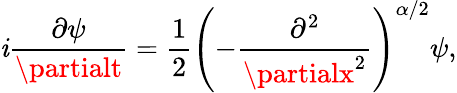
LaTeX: \mathit{i}\frac{{\partial\psi}}{{\partialt}}=\frac{{1}}{{2}}\left(-\frac{{\partial^{2}}}{{\partialx^{2}}}\right)^{\alpha/2}\psi,